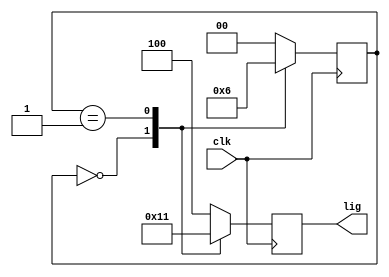
`timescale 1ns / 1ps
//////////////////////////////////////////////////////////////////////////////////
// Company: 
// Engineer: 
// 
// Design Name: 
// Module Name: tlight
// Project Name: 
// Target Devices: 
// Tool Versions: 
// Description: 
// 
// Dependencies: 
// 
// Revision:
// Revision 0.01 - File Created
// Additional Comments:
// 
//////////////////////////////////////////////////////////////////////////////////

//a basic traffic light signal project with RED, YELLOW, and, GREEN Light 
// lights glow repeatdly with synchronism of the clock  
module tlight(clk,lig);
input clk;
output reg [0:2]lig;
parameter s0=0, s1=1,s2=2;
parameter r=3'b100, g=3'b010, y=3'b001;
reg [0:1] switch;
    always @(posedge clk)
// code for the state diagram    
    case (switch)
            s0: begin               //so is the RED light state
                lig<=g;
                switch<=s1;
                end
            s1: begin              //s1 is the GREEN light state
                lig<=y;
                switch<=s2;
                end
            s2: begin             //s2 is the YELLOW light state
                lig<=r;
                switch<=s0;
                end
            default 
                begin
                lig<=r;
                switch<=s0;
                end
     endcase                       
endmodule